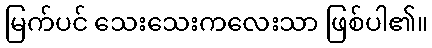
မြက်ပင် သေးသေးကလေးသာ ဖြစ်ပါ၏။